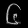
Digit: ၆